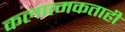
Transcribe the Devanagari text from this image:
कलात्मकताही